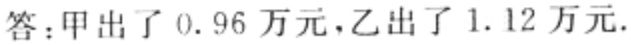
答：甲出了$0.96$万元，乙出了$1.12$万元.